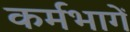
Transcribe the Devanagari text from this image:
कर्मभागें